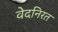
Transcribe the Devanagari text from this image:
वेदनिरत